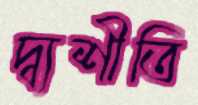
দ্ব্যশীতি